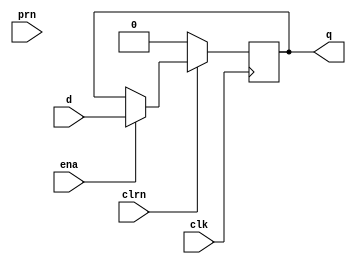
module dflipflopNeg(d, clk, clrn, prn, ena, q);

    input d, clk, ena, clrn, prn;
    wire clr;
    wire pr;

    output q;
    reg q;

    assign clr = ~clrn;
    assign pr = ~prn;

    initial
    begin
        q = 1'b0;
    end

    always @(negedge clk) begin
        if (q == 1'bx) begin
            q <= 1'b0;
        end else if (clr) begin
            q <= 1'b0;
        end else if (ena) begin
            q <= d;
        end
		 
    end
endmodule